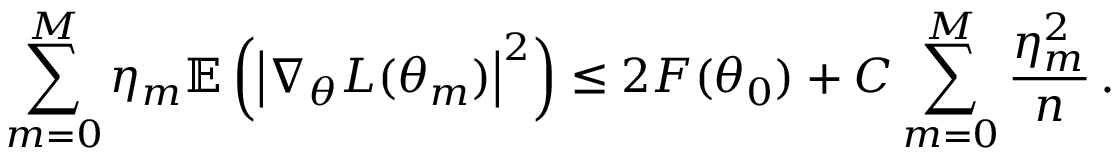
\sum _ { m = 0 } ^ { M } \eta _ { m } \mathbb { E } \left( \left| \nabla _ { \theta } L ( \theta _ { m } ) \right| ^ { 2 } \right) \leq 2 F ( \theta _ { 0 } ) + C \sum _ { m = 0 } ^ { M } \frac { \eta _ { m } ^ { 2 } } { n } \, .